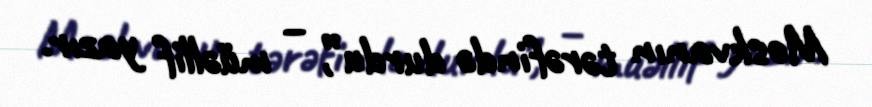
Moskvanın tərəfində durdu”, – müəllif yazır.